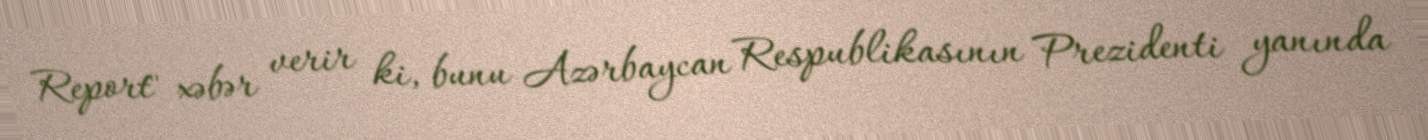
Report" xəbər verir ki, bunu Azərbaycan Respublikasının Prezidenti yanında